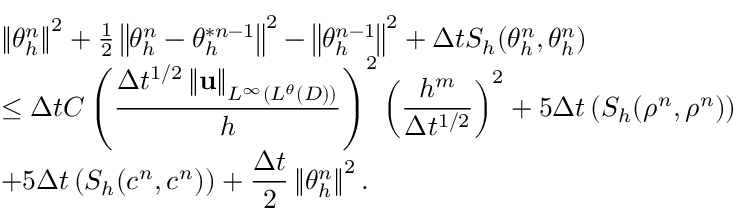
\begin{array} { l } { \left\Vert \theta _ { h } ^ { n } \right\Vert ^ { 2 } + \frac { 1 } { 2 } \left\Vert \theta _ { h } ^ { n } - \theta _ { h } ^ { \ast n - 1 } \right\Vert ^ { 2 } - \left\Vert \theta _ { h } ^ { n - 1 } \right\Vert ^ { 2 } + \Delta t S _ { h } ( \theta _ { h } ^ { n } , \theta _ { h } ^ { n } ) } \\ { \leq \Delta t C \displaystyle \left( \frac { \Delta t ^ { 1 / 2 } \left\Vert \mathbf { u } \right\Vert _ { L ^ { \infty } ( L ^ { \theta } ( D ) ) } } { h } \right) ^ { 2 } \left( \frac { h ^ { m } } { \Delta t ^ { 1 / 2 } } \right) ^ { 2 } + 5 \Delta t \left( S _ { h } ( \rho ^ { n } , \rho ^ { n } ) \right) } \\ { + 5 \Delta t \left( S _ { h } ( c ^ { n } , c ^ { n } ) \right) + \displaystyle \frac { \Delta t } { 2 } \left\Vert \theta _ { h } ^ { n } \right\Vert ^ { 2 } . } \end{array}